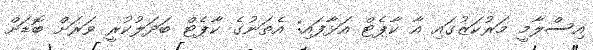
އިސްލާމީ މަރުކަޒުގައި އާ ކާޕެޓް އަޅާފައި: އެތަނުގެ ކާޕެޓް ބަދަލުކުރީ ވަރަށް ބޮޑަށް